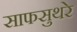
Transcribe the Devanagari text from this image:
साफसुथरे